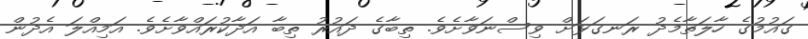
ގައުމުގެ ހާލަތާމެދު ރަނގަޅަށް ވިސްނަވާށެވެ. ތިބާގެ ދައުރު ތިބާ އަދާކުރައްވާށެވެ. އަމިއްލަ އެދުން